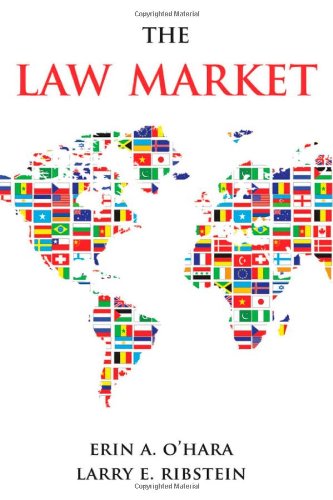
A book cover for The Law Market; Erin A. O'Hara; Law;